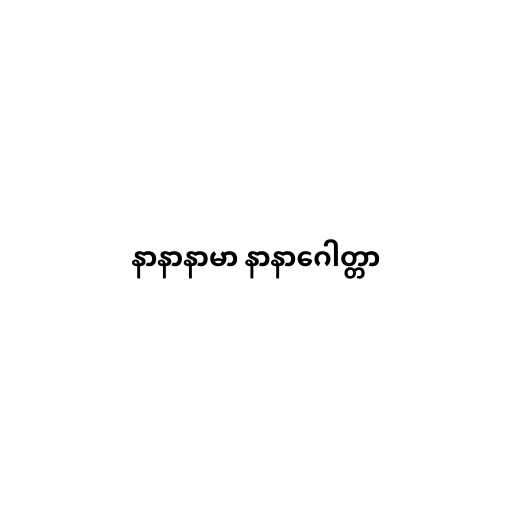
နာနာနာမာ နာနာဂေါတ္တာ